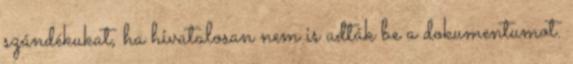
szándékukat, ha hivatalosan nem is adták be a dokumentumot.